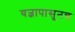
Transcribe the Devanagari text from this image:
यज्ञापासूनच